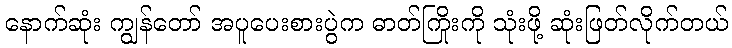
နောက်ဆုံး ကျွန်တော် အပူပေးစားပွဲက ဓာတ်ကြိုးကို သုံးဖို့ ဆုံးဖြတ်လိုက်တယ်